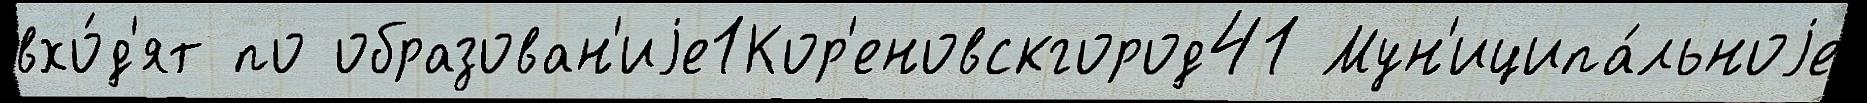
вхо́д'ят по образован'иjе1Кор'еновскгород41 Мун'иципа́льноjе